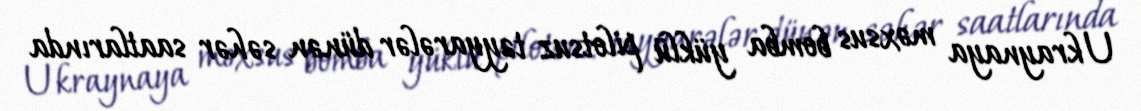
Ukraynaya məxsus bomba yüklü pilotsuz təyyarələr dünən səhər saatlarında